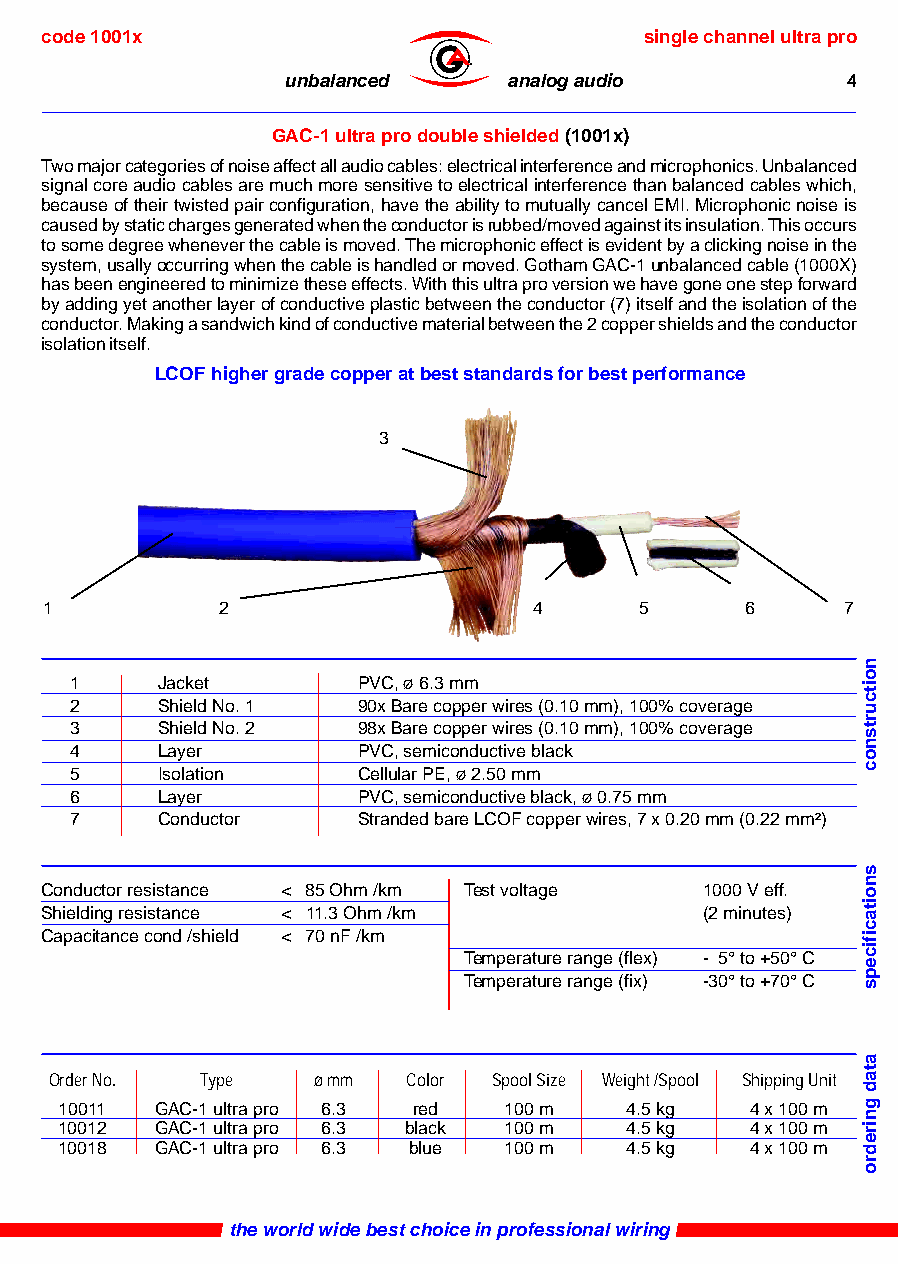
code 1001x                              single channel ultra pro
 ®
 unbalanced     analog audio          4
 GAC-1 ultra pro double shielded (1001x)
 Two major categories of noise affect all audio cables: electrical interference and microphonics. Unbalanced
 signal core audio cables are much more sensitive to electrical interference than balanced cables which,
 because of their twisted pair configuration, have the ability to mutually cancel EMI. Microphonic noise is
 caused by static charges generated when the conductor is rubbed/moved against its insulation. This occurs
 to some degree whenever the cable is moved. The microphonic effect is evident by a clicking noise in the
 system, usally occurring when the cable is handled or moved. Gotham GAC-1 unbalanced cable (1000X)
 has been engineered to minimize these effects. With this ultra pro version we have gone one step forward
 by adding yet another layer of conductive plastic between the conductor (7) itself and the isolation of the
 conductor. Making a sandwich kind of conductive material between the 2 copper shields and the conductor
 isolation itself.
 LCOF higher grade copper at best standards for best performance
 3
 1           2                   4      5      6      7
 1    Jacket        PVC, ø 6.3 mm
 2    Shield No. 1  90x Bare copper wires (0.10 mm), 100% coverage
 3    Shield No. 2  98x Bare copper wires (0.10 mm), 100% coverage
 4    Layer         PVC, semiconductive black
 5    Isolation     Cellular PE, ø 2.50 mm
 6    Layer         PVC, semiconductive black, ø 0.75 mm
 7    Conductor     Stranded bare LCOF copper wires, 7 x 0.20 mm (0.22 mm²)
 Conductor resistance < 85 Ohm /km Test voltage 1000 V eff.
 Shielding resistance < 11.3 Ohm /km         (2 minutes)
 Capacitance cond /shield < 70 nF /km
 Temperature range (flex) - 5° to +50° C
 Temperature range (fix) -30° to +70° C
 Order No. Type    ø mm  Color Spool Size Weight /Spool Shipping Unit
 10011 GAC-1 ultra pro 6.3 red 100 m  4.5 kg   4 x 100 m
 10012 GAC-1 ultra pro 6.3 black 100 m 4.5 kg  4 x 100 m
 10018 GAC-1 ultra pro 6.3 blue 100 m 4.5 kg   4 x 100 m
 the world wide best choice in professional wiring
 noitcurtsnoc
 snoitacificeps
 atad
 gniredro